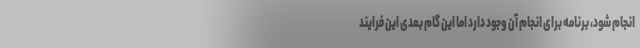
انجام شود، برنامه برای انجام آن وجود دارد اما این گام بعدی این فرایند